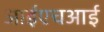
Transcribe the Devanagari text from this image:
आईएचआई